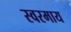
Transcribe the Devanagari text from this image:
स्वरमाय